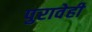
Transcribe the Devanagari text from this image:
पुरावेही